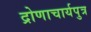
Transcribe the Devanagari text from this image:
द्रोणाचार्यपुत्र